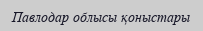
Павлодар облысы қоныстары